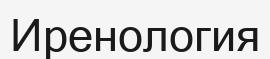
Иренология